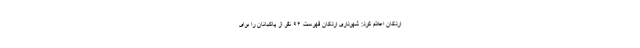
اردکان اعلام کرد: شهرداری اردکان فهرست ۹۴ نفر از پاکبانان را برای